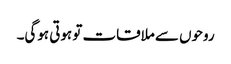
روحوں سے ملاقات تو ہوتی ہوگی۔